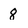
Character: 8